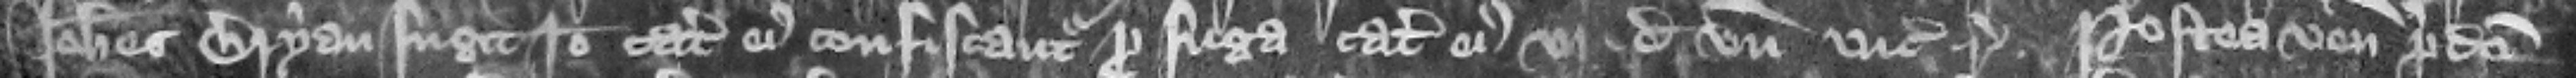
Iohannes Bryan fugit ideo catalla eius confiscantur pro fuga Catalla eius vj de vnde vicecomes respondeat. Postea veniunt predicti